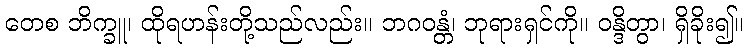
တေစ ဘိက္ခူ၊ ထိုရဟန်းတို့သည်လည်း။ ဘဂဝန္တံ၊ ဘုရားရှင်ကို။ ဝန္ဒိတွာ၊ ရှိခိုး၍။